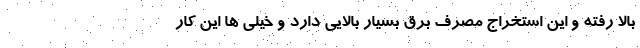
بالا رفته و این استخراج مصرف برق بسیار بالایی دارد و خیلی ها این کار